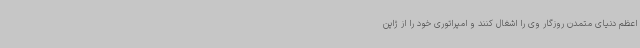
اعظم دنیای متمدن روزگار وی را اشغال کنند و امپراتوری خود را از ژاپن